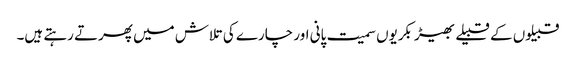
قبیلوں کے قبیلے بھیڑ بکریوں سمیت پانی اور چارے کی تلاش میں پھرتے رہتے ہیں۔